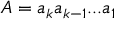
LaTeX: A = { a _ { k } } { a _ { k - 1 } } . . . { a _ { 1 } }